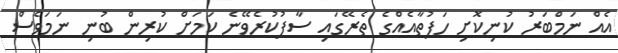
އެއް ނަމްބަރު ކުނިކޮށި ހަފުތާއެއްގެ ތެރޭގައި ސާފުކުރެވޭނެ ކަމަށް ކުރިން ބުނި ނަމަވެސް